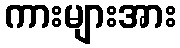
ကားများအား